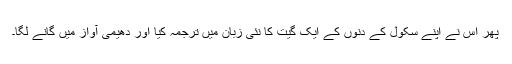
پھر اس نے اپنے سکول کے دنوں کے ایک گیت کا نئی زبان میں ترجمہ کیا اور دھیمی آواز میں گانے لگا۔